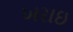
ખરાઇ